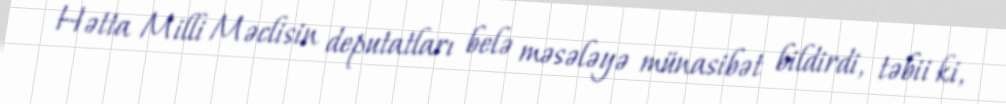
Hətta Milli Məclisin deputatları belə məsələyə münasibət bildirdi, təbii ki,